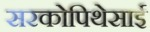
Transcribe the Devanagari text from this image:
सरकोपिथेसाई